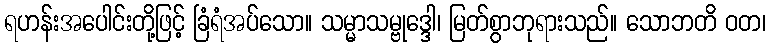
ရဟန်းအပေါင်းတို့ဖြင့် ခြံရံအပ်သော။ သမ္မာသမ္ဗုဒ္ဒေါ၊ မြတ်စွာဘုရားသည်။ သောဘတိ ဝတ၊